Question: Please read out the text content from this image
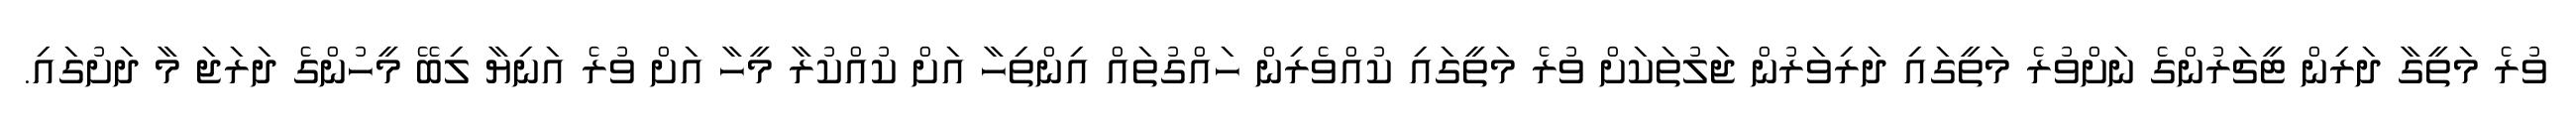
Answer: ވުރެ މަތީގާ ދަރިން ޓީޗަރުންގެ ނަށްވުރެ މަތީގައި ދަރިވަރުން ޖަލުތަކަށް ވުރެ މަތީގައި ކުއްވެރިން ހައްގުތައް އިންތިހާ އަށް ކުއްކުރާ މީހާ އަށް ވުރެ އަނިޔާ ލިބޭ މީހުންގެ ދަރަޖަ މާ ދަށުގައި.